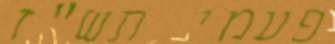
פעמי תש"ז